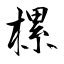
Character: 樏